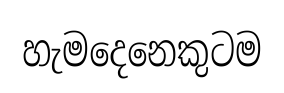
හැමදෙනෙකුටම